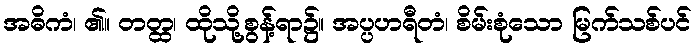
အဓိကံ၊ ၏။ တတ္ထ၊ ထိုသို့စွန့်ရာ၌။ အပ္ပဟရီတံ၊ စိမ်းစုံသော မြက်သစ်ပင်